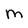
Character: M